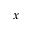
\boldsymbol { x }